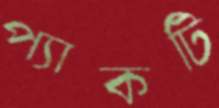
প্যাকটি